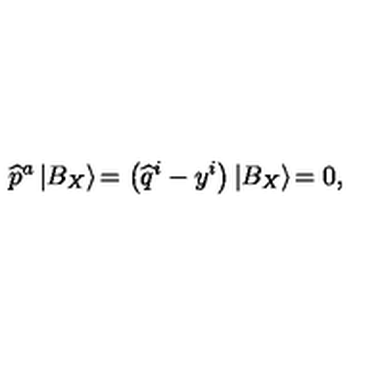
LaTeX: \widehat { p } ^ { a } \left| B _ { X } \right\rangle \! = \left( \widehat { q } ^ { i } - y ^ { i } \right) \left| B _ { X } \right\rangle \! = 0 ,